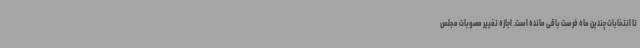
تا انتخابات چندین ماه فرصت باقی مانده است. اجازه‌ تغییر مصوبات مجلس